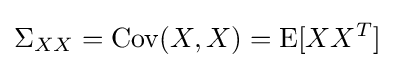
\Sigma _{XX}=\operatorname {Cov} (X,X)=\operatorname {E} [XX^{T}]